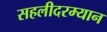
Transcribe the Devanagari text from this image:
सहलीदरम्यान